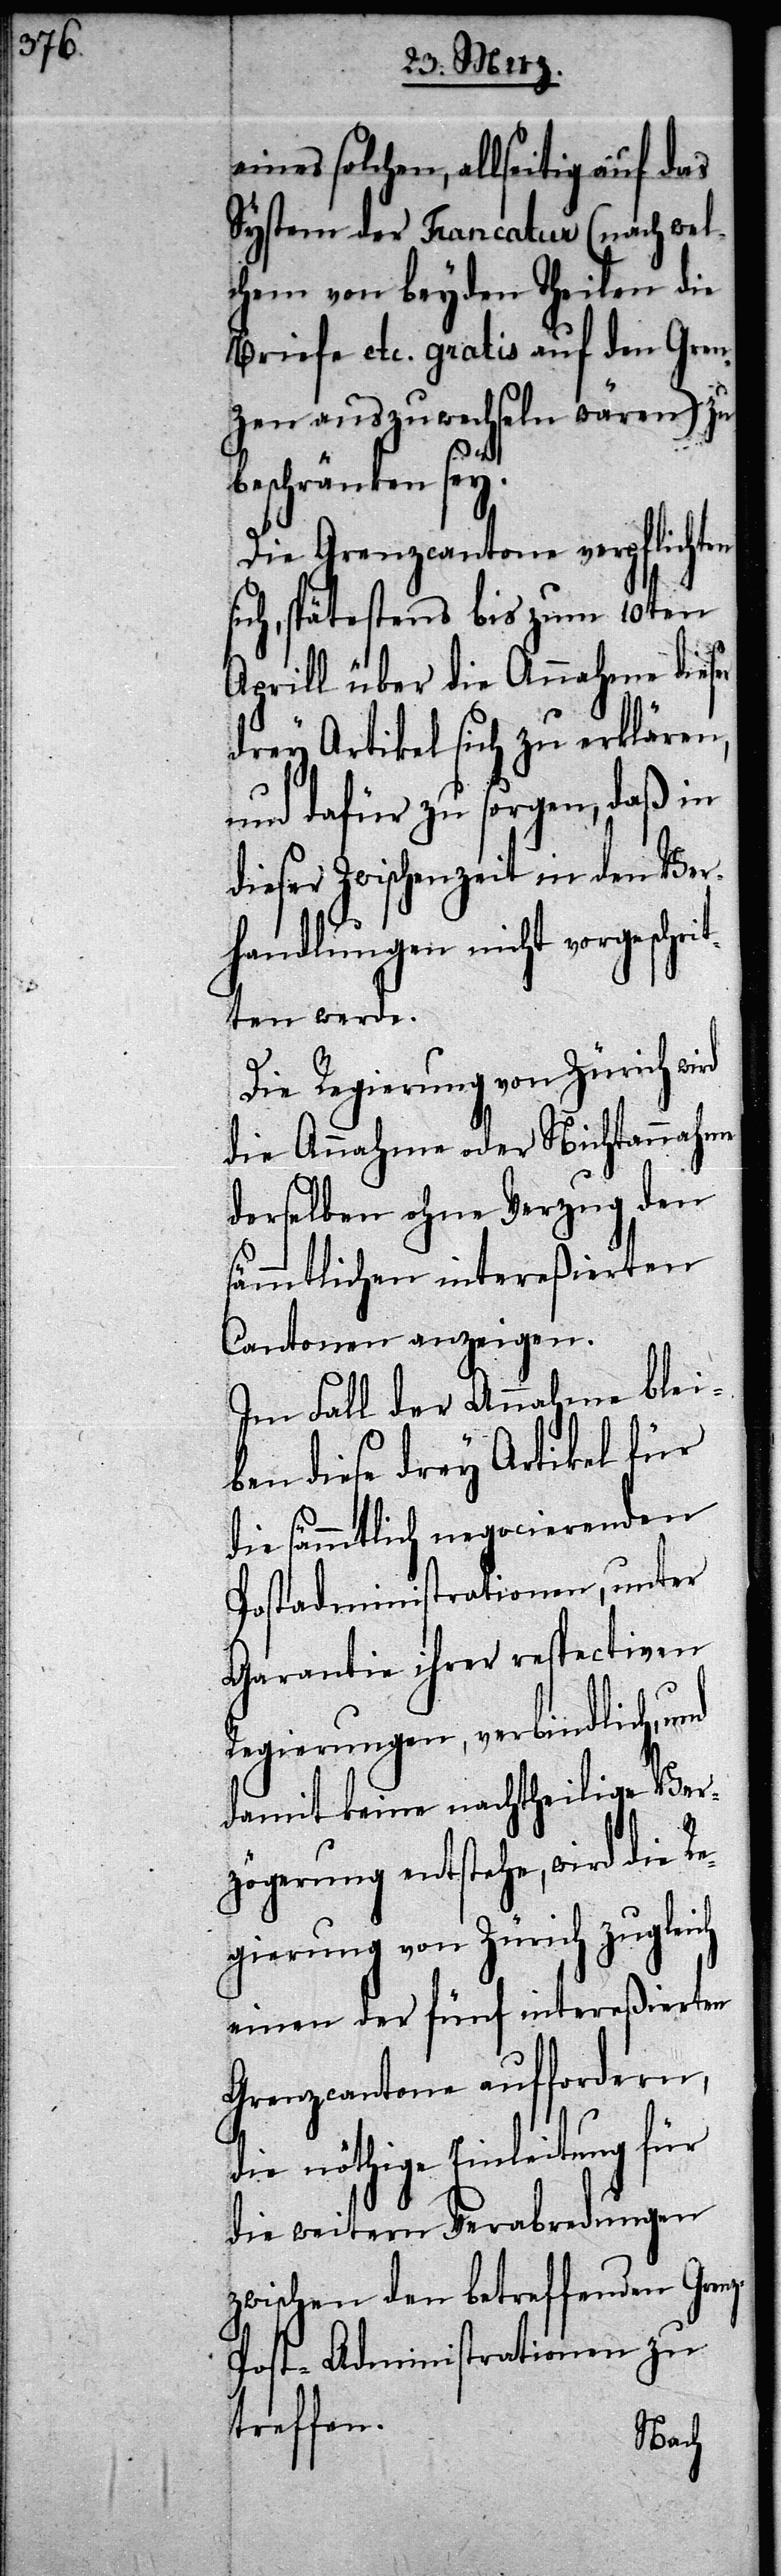
eines solchen, allseitig auf das
System der Francatur (nach wel¬
chem von beyden Theilen die
Briefe etc. gratis auf den Gren¬
zen auszuwechseln wären) zu
beschränken sey.
Die Grenzcantone verpflichten
sich, spätestens bis zum 10ten
Aprill über die Annahme dieser
drey Artikel sich zu erklären,
und dafür zu sorgen, daß in
dieser Zwischenzeit in den Ver¬
handlungen nicht vorgeschri¬
tten werde.
Die Regierung von Zürich wird
die Annahme oder Nichtannahme
derselben ohne Verzug den
sämmtlichen intereßierten
Cantonen anzeigen.
Im Fall der Annahme blei¬
ben diese drey Artikel für
die sämmtlich negocierenden
Postadministrationen, unter
Garantie ihrer respectiven
Regierung, verbindlich,
damit keine nachtheilige Ver¬
zögerung entstehe, wird die R¬
egierung von Zürich zugleich
einen der fünf intereßierten
Grenzcantone auffordern,
die nöthige Einleitung für
die weitern Verabredungen
zwischen den betreffenden Gren¬
z-Post-Administrationen zu
treffen.